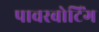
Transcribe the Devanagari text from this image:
पावरबोटिंग